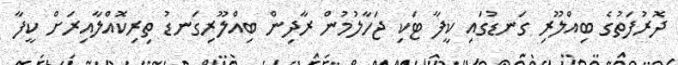
ދޮރުފަތުގެ ބިއްލޫރި ގަނޑުގައި ކީފާ ޓަކި ޖަހާލުމުން ރާދިން ބިއްލޫރިގަނޑު ތިރިކޮއްލާއިރަށް ކީފާ